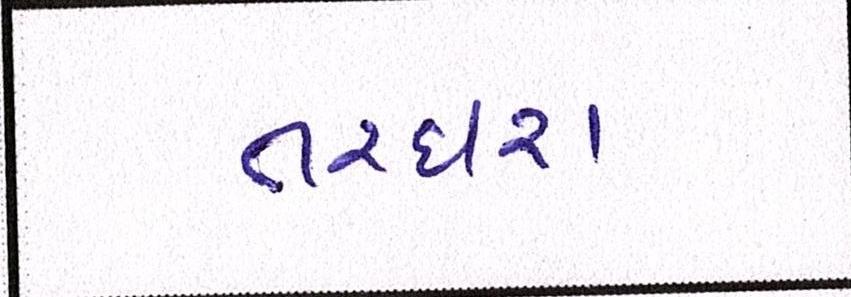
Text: તરઘરા